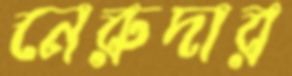
নেরুদার